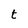
Character: t